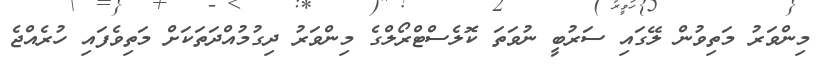
މިންވަރު މަތިވުން ލޭގައި ސަރުބީ ނުވަތަ ކޮލެސްޓްރޯލްގެ މިންވަރު ދިގުމުއްދަތަކަށް މަތިވެފައި ހުރެއްޖެ